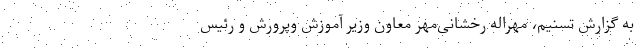
به گزارش تسنیم، مهراله رخشانی‌مهر معاون وزیر آموزش و‌پرورش و رئیس